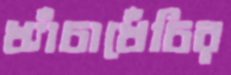
খ্যাঁচাখেঁচির